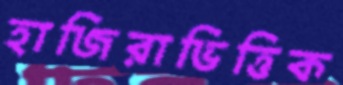
হাজিরাভিত্তিক